Annual report of the Imperial Bacteriologist
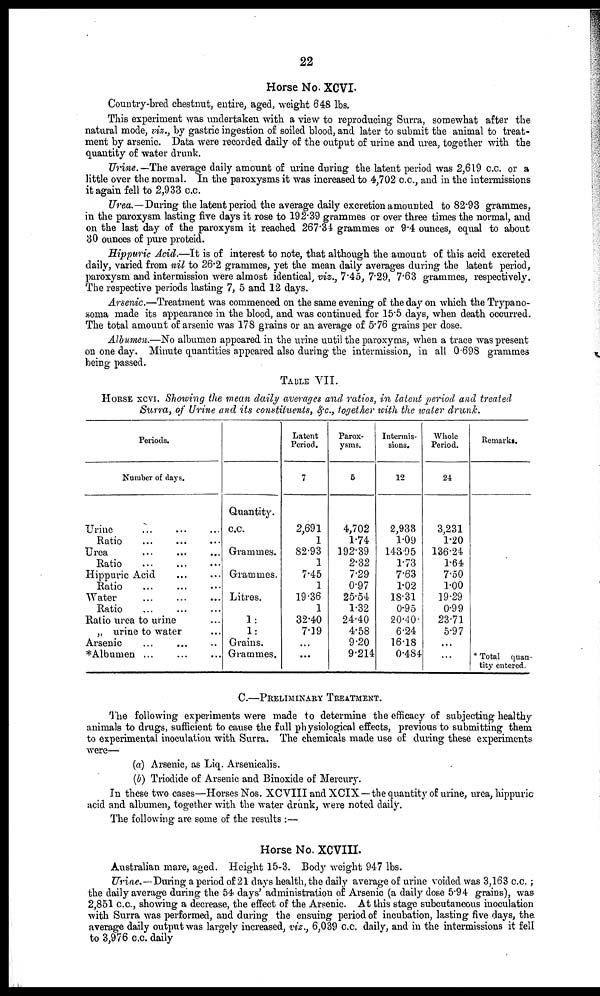
22
Horse No. XCVI.
Country-bred chestnut, entire, aged, weight 648 lbs.
This experiment was undertaken with a view to reproducing Surra, somewhat after the
natural mode, viz., by gastric ingestion of soiled blood, and later to submit the animal to treat-
ment by arsenic. Data were recorded daily of the output of urine and urea, together with the
quantity of water drunk.
Urine.—The average daily amount of urine during the latent period was 2,619 c.c. or a
little over the normal. In the paroxysms it was increased to 4,702 c.c., and in the intermissions
it again fell to 2,933 c.c.
Urea.—During the latent period the average daily excretion amounted to 82.93 grammes,
in the paroxysm lasting five days it rose to 192.39 grammes or over three times the normal, and
on the last day of the paroxysm it reached 267.34 grammes or 9.4 ounces, equal to about
30 ounces of pure proteid.
Hippuric Acid.—It is of interest to note, that although the amount of this acid excreted
daily, varied from nil to 26.2 grammes, yet the mean daily averages during the latent period,
paroxysm and intermission were almost identical, viz., 7.45, 7.29, 7.63 grammes, respectively.
The respective periods lasting 7, 5 and 12 days.
Arsenic.—Treatment was commenced on the same evening of the day on which the Trypano-
soma made its appearance in the blood, and was continued for 15.5 days, when death occurred.
The total amount of arsenic was 178 grains or an average of 5.76 grains per dose.
Albumen.—No albumen appeared in the urine until the paroxyms, when a trace was present
on one day. Minute quantities appeared also during the intermission, in all 0.698 grammes
being passed.
TABLE VII.
HORSE XCVI. Showing the mean daily averages and ratios, in latent period and treated
Surra, of Urine and its constituents, &c., together with the water drunk.
Periods.
Number of days.
Urine
Ratio
Urea
Ratio
Hippuric Acid
...
Ratio
...
Water
Ratio
Ratio urea to urine
„ urine to water
Arsenic
* Albumen ...
Quantity.
c.c.
Grammes.
Grammes.
Litres.
1:
1:
Grains.
Grammes.
Latent
Period.
7
2,691
1
82.93
1
7.45
1
19.36
1
32.40
7.19
...
...
Parox-
ysms.
5
4,702
1.74
192.39
2.32
7.29
0.97
25.54
1.32
24.40
4.58
9.20
9.214
Intermis-
sions.
12
2,933
1.09
143.95
1.73
7.63
1.02
18.31
0.95
20.40
6.24
16.18
0.484
Whole
Period.
24
3,231
1.20
136.24
1.64
7.50
1.00
19.29
0.99
23.71
5.97
...
...
Remarks.
*Total quan-
tity entered.
C.—PRELIMINARY TREATMENT.
The following experiments were made to determine the efficacy of subjecting healthy
animals to drugs, sufficient to cause the full physiological effects, previous to submitting them
to experimental inoculation with Surra. The chemicals made use of during these experiments
were—
(a) Arsenic, as Liq. Arsenicalis.
(b) Triodide of Arsenic and Binoxide of Mercury.
In these two cases—Horses Nos. XCVIII and XCIX—the quantity of urine, urea, hippuric
acid and albumen, together with the water drunk, were noted daily.
The following are some of the results :—
Horse No. XCVIII.
Australian mare, aged. Height 15-3. Body weight 947 lbs.
Urine.—During a period of 21 days health, the daily average of urine voided was 3,163 c.c.;
the daily average during the 54 days' administration of Arsenic (a daily dose 5.94 grains), was
2,851 c.c., showing a decrease, the effect of the Arsenic. At this stage subcutaneous inoculation
with Surra was performed, and during the ensuing period of incubation, lasting five days, the
average daily output was largely increased, viz., 6,039 c.c. daily, and in the intermissions it fell
to 3,976 c.c. daily